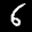
Label: 6